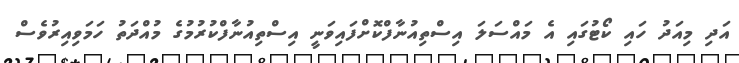
އަދި މިއަދު ހައި ކޯޓުގައި އެ މައްސަލަ އިސްތިއުނާފްކޮށްފައިވަނީ އިސްތިއުނާފްކުރުމުގެ މުއްދަތު ހަމަވިއިރުވެސް